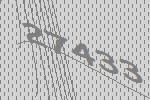
27433